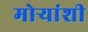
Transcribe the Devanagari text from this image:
मोर्‍यांशी